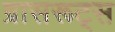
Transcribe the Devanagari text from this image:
ग्रासरूट्स